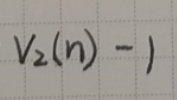
$V_2(n)-1$